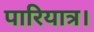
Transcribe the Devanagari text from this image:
पारियात्र।